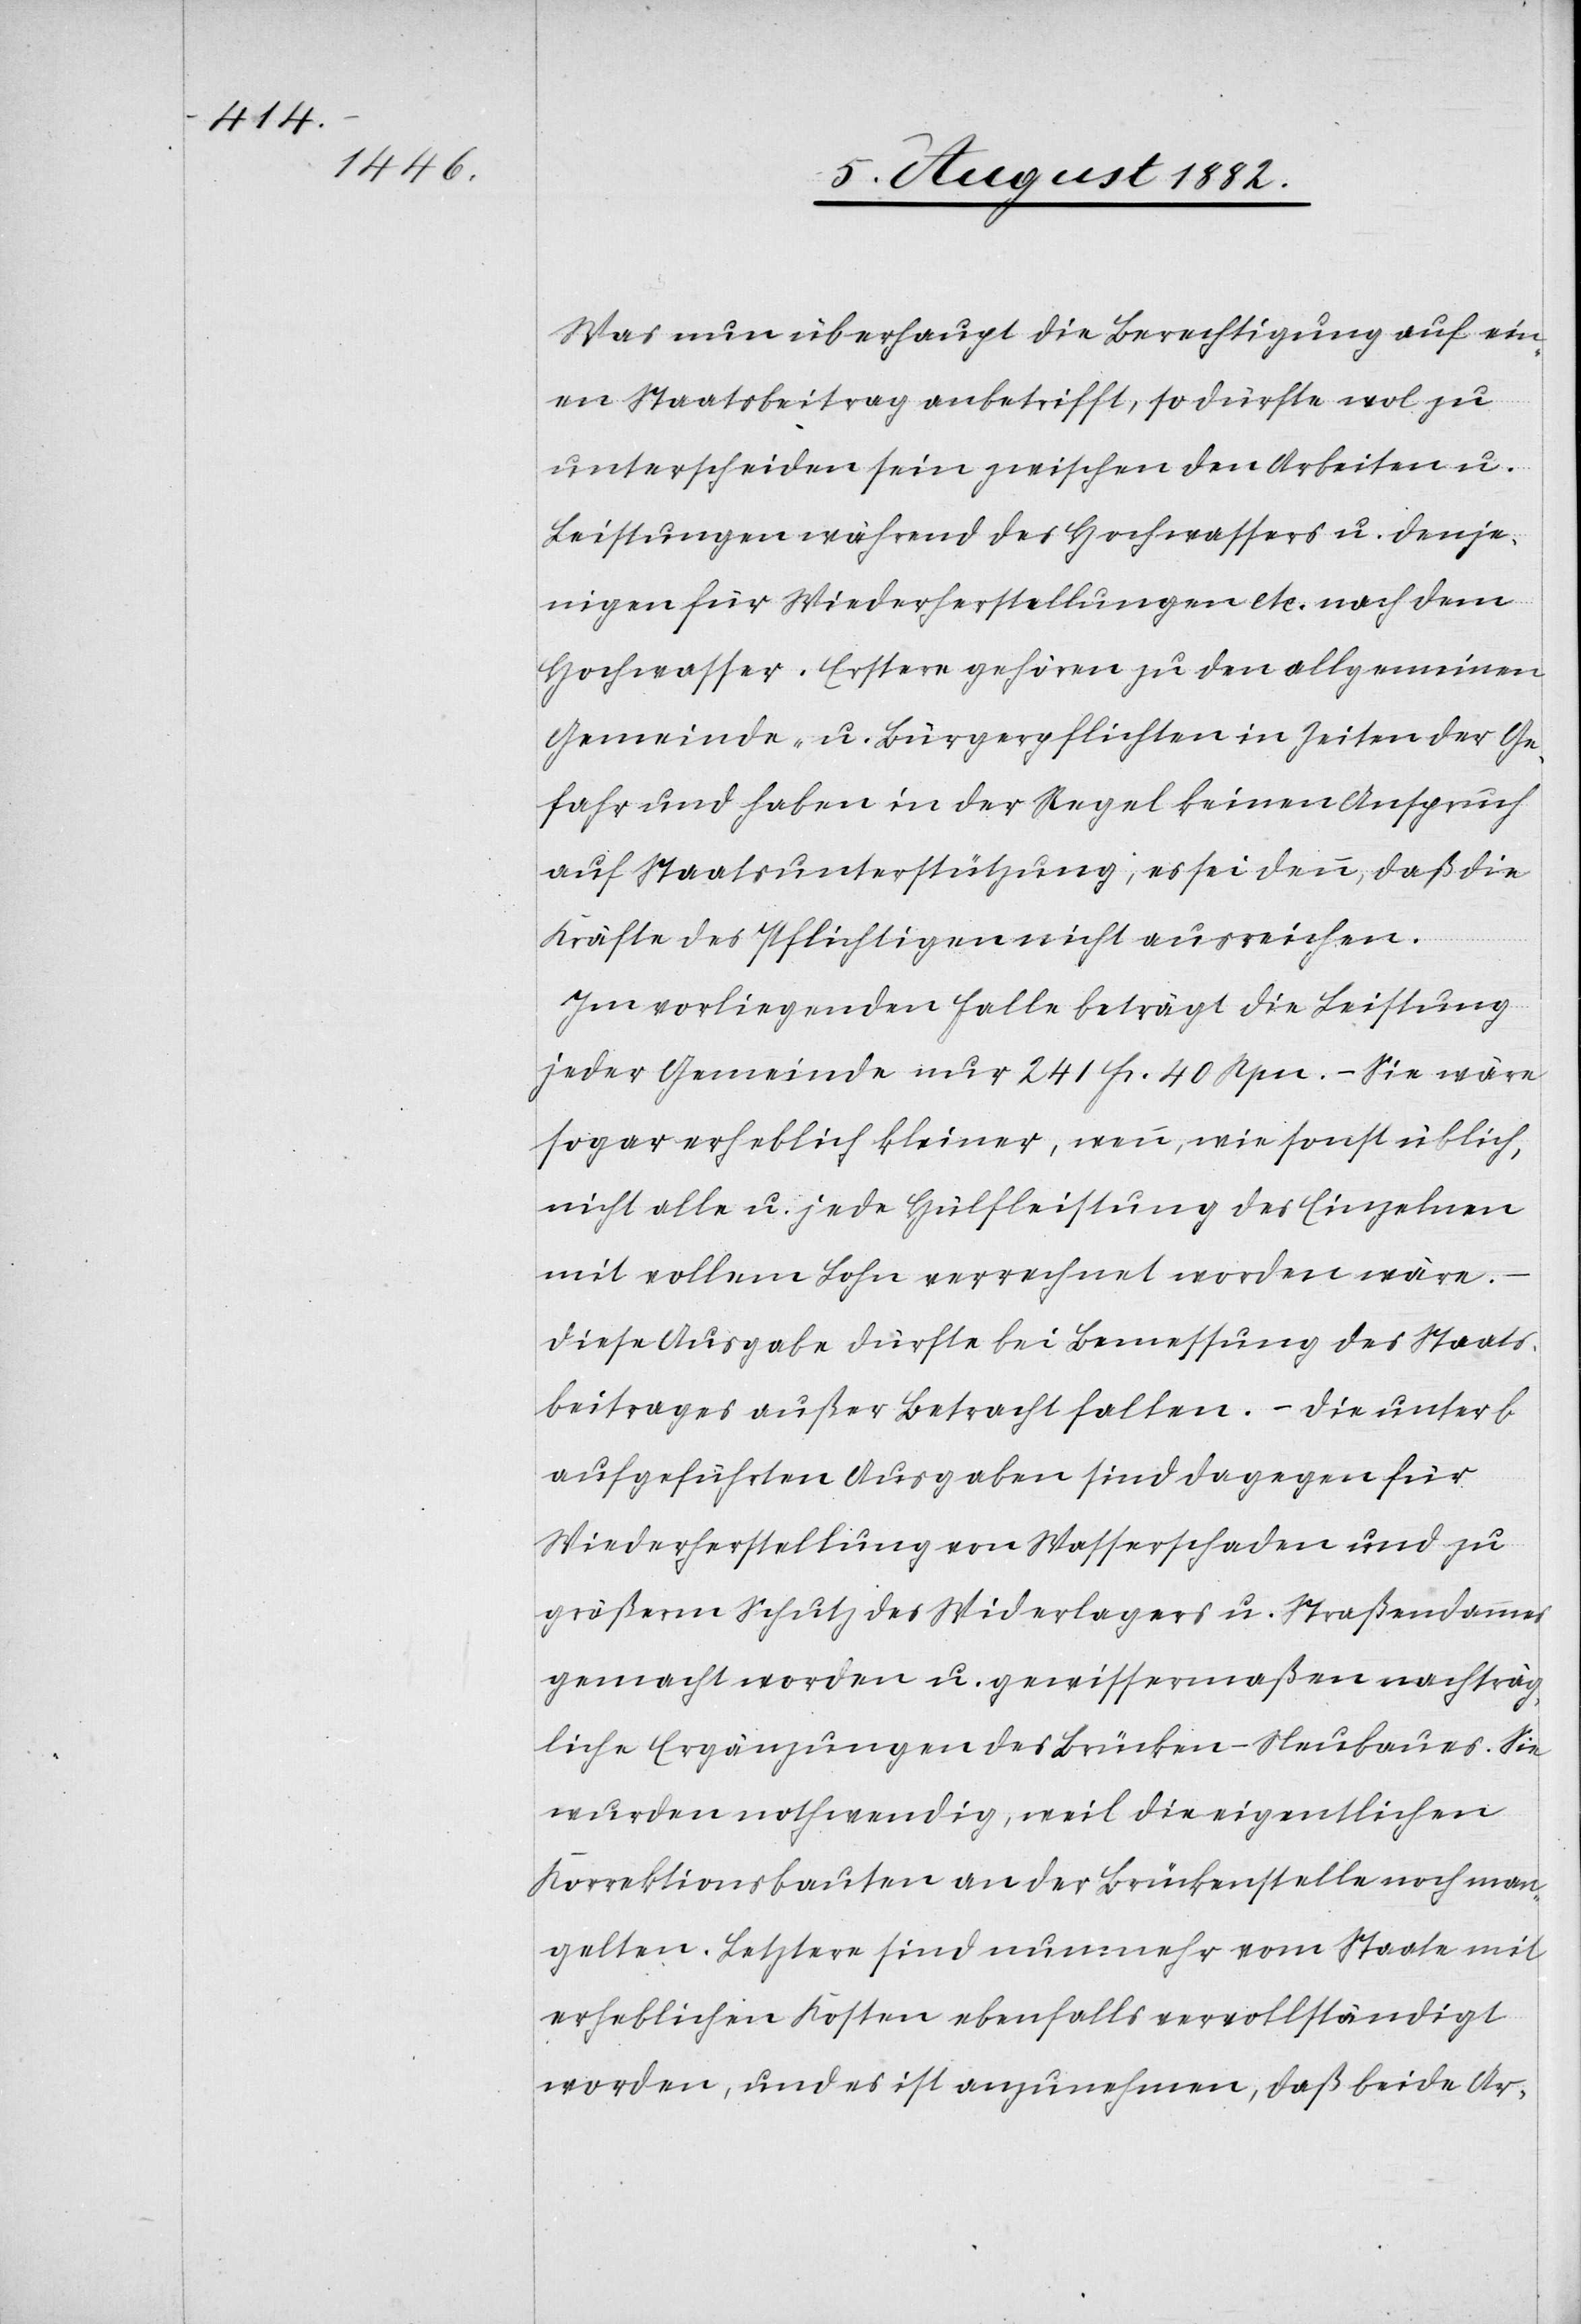
Was nun überhaupt die Berechtigung auf ein¬
en Staatsbeitrag anbetrifft, so dürfte wol zu
unterscheiden sein zwischen den Arbeiten u.
Leistungen während des Hochwassers u. denje¬
nigen für Wiederherstellung etc. nach dem
Hochwasser. Erstere gehören zu den allgemeinen
Gemeinde- u. Bürgerpflichten in Zeiten der Ge¬
fahr und haben in der Regel keinen Anspruch
auf Staatsunterstützung; es sei denn, daß die
Kräfte des Pflichtigen nicht ausreichen.
Im vorliegenden Falle beträgt die Leistung
jeder Gemeinde nur 241 Fr. 40 Rpn. – Sie wäre
sogar erheblich kleiner, wenn, wie sonst üblich,
nicht alle u. jede Hülfeleistung des Einzelnen
mit vollem Lohn verrechnet worden wäre.
–
Diese Ausgabe dürfte bei Bemessung des Staats¬
beitrages außer Betracht fallen. – Die unter b
aufgeführten Ausgaben sind dagegen für
Wiederherstellung von Wasserschaden und zu
größerm Schutz des Widerlagers u. Straßendammes
gemacht worden u. gewissenermaßen nachträg¬
liche Ergänzungen des Brücken-Neubaues. Sie
wurden nothwendig, weil die eigentlichen
Korrektionsbauten an der Brückenstelle noch man¬
gelten. Letztere sind nunmehr vom Staate mit
erheblichen Kosten ebenfalls vervollständigt
worden, und es ist anzunehmen, daß beide Ar-